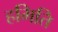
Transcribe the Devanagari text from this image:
हमिति